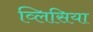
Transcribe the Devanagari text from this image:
व्लिसिया